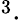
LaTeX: ^3\cdot